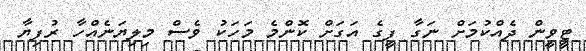
ޓީވީން ދެއްކުމަށް ނަގާ ފީގެ އަގަށް ކޮންމެ މަހަކު ވެސް މިލިޔަނެއްހާ ރުފިޔާ